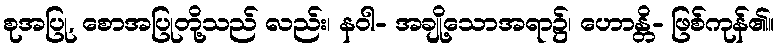
စုအပြု, စောအပြုတို့သည် လည်း၊ နဝါ- အချို့သောအရာ၌၊ ဟောန္တိ- ဖြစ်ကုန်၏။